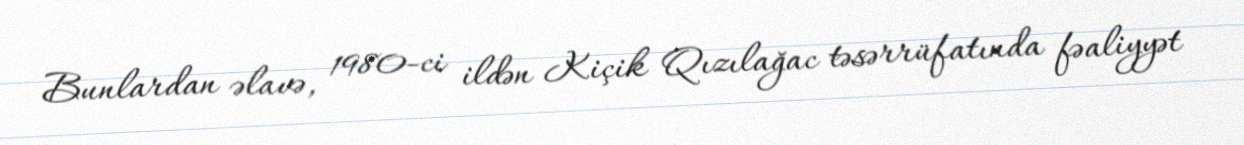
Bunlardan əlavə, 1980-ci ildən Kiçik Qızılağac təsərrüfatında fəaliyyət